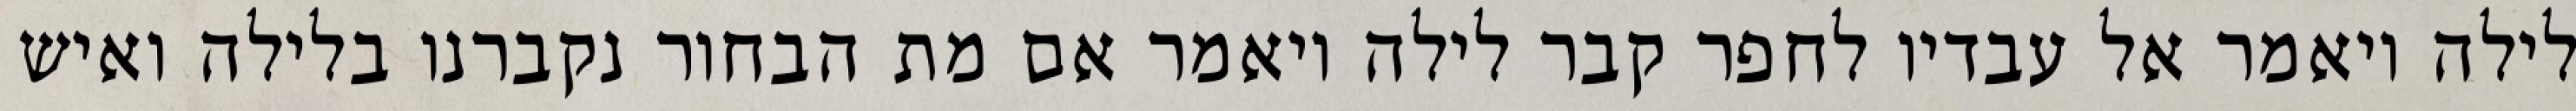
לילה ויאמר אל עבדיו לחפר קבר לילה ויאמר אם מת הבחור נקברנו בלילה ואיש